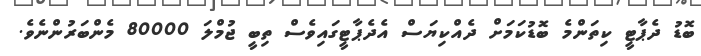
ބޮޑު ދެޕާޓީ ކިތަންމެ ބޮޑުކަމަށް ދެއްކިޔަސް އެދެޕާޓީގައިވެސް ތިބީ ޖުމްލަ 80000 މެންބަރުންނެވެ.